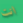
انت